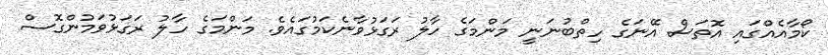
ކޯމާއެއްގައި އޮތަސް އޭނަގެ ހިތްބުނަނީ މަންމަގެ ހާލު ރަގަޅުވާނެކަމުގައެވެ. މަންމަގެ ހާލު ރަގަޅުވަމުންގޮސް